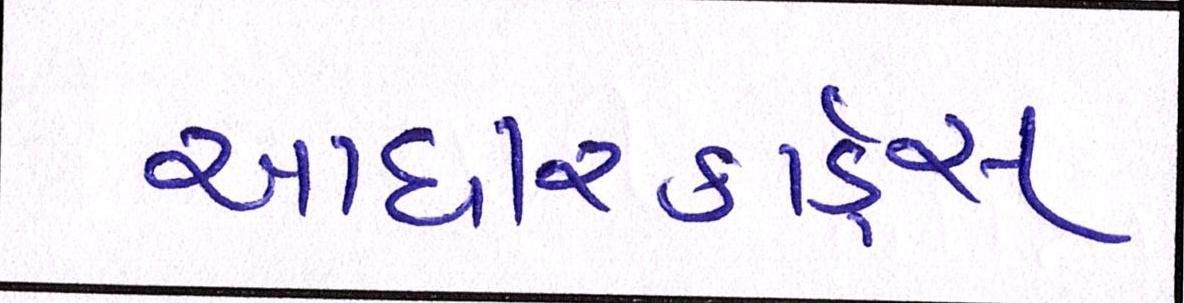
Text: આધારકાર્ડ્સ